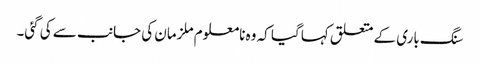
سنگ باری کے متعلق کہا گیا کہ وہ نامعلوم ملزمان کی جانب سے کی گئی۔